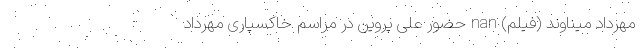
مهرداد میناوند (فیلم) nan حضور علی پروین در مراسم خاکسپاری مهرداد